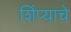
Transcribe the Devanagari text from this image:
शिंप्याचे